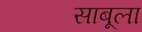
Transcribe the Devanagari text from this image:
साबूला